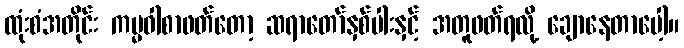
ထုံးစံအတိုင်း ကမ္မဝါစာဖတ်တော့ ဆရာတော်နှစ်ပါးနှင့် အတူဖတ်ရလို့ ချောနေတာပေါ့။